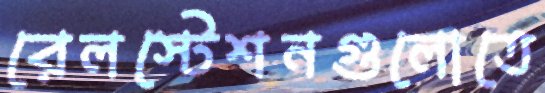
রেলস্টেশনগুলোতে